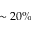
\sim 2 0 \%